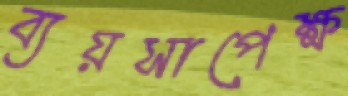
ব্যয়সাপেক্ষ